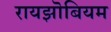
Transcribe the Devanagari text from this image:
रायझॊबियम